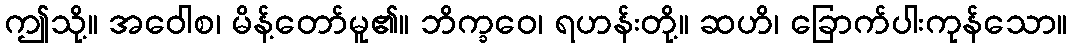
ဤသို့။ အဝေါစ၊ မိန့်တော်မူ၏။ ဘိက္ခဝေ၊ ရဟန်းတို့။ ဆဟိ၊ ခြောက်ပါးကုန်သော။